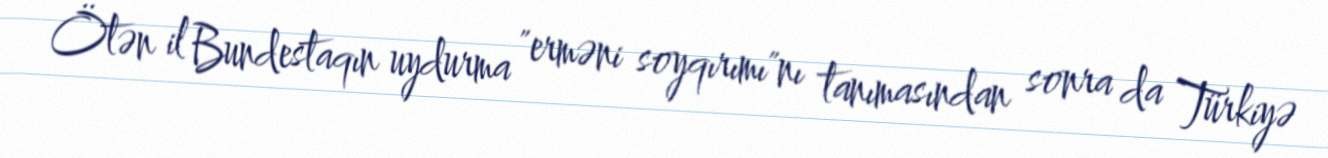
Ötən il Bundestaqın uydurma "erməni soyqırımı"nı tanımasından sonra da Türkiyə